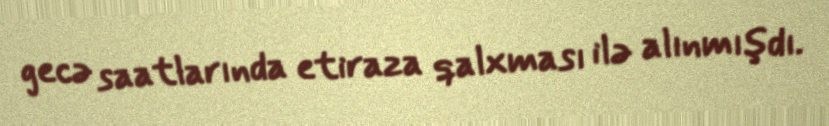
gecə saatlarında etiraza qalxması ilə alınmışdı.